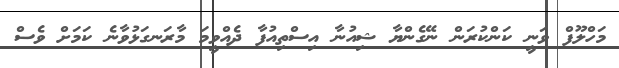
މަހްލޫފް ވަނީ ކަންކުރަން ނޭގެންޔާ ޝިއުނާ އިސްތިއުފާ ދެއްވީމަ މާރަނގަޅުވާނެ ކަމަށް ވެސް